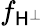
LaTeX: f_{\mathsf{H}^{\bot}}